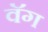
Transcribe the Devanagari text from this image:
वॅग